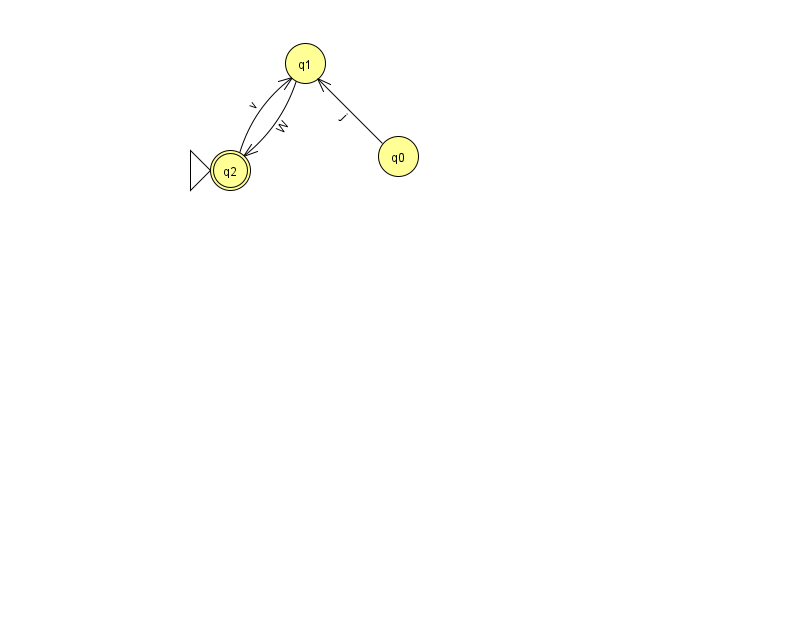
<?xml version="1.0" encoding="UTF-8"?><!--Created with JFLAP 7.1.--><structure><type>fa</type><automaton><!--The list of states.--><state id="0" name="q0"><x>398.0</x><y>143.0</y></state><state id="1" name="q1"><x>305.0</x><y>50.0</y></state><state id="2" name="q2"><x>230.0</x><y>157.0</y><initial/><final/></state><!--The list of transitions.--><transition><from>2</from><to>1</to><read>v</read></transition><transition><from>1</from><to>2</to><read>W</read></transition><transition><from>0</from><to>1</to><read>j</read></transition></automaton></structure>